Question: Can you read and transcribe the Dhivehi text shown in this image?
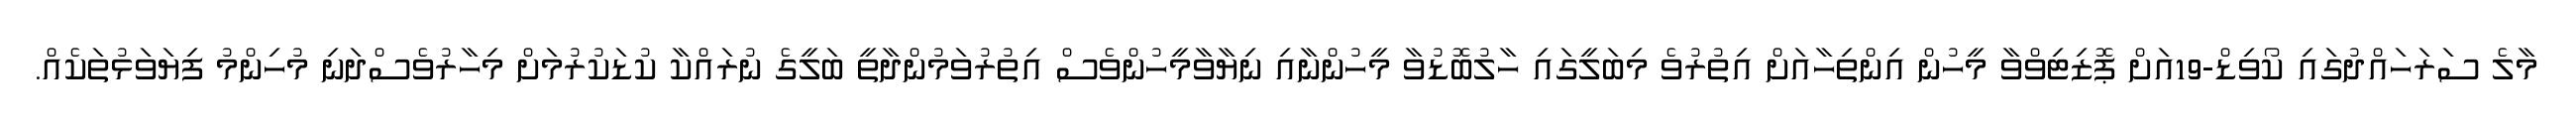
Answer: މާލެ ސަރަހައްދުގައި ކޯވިޑް-19އަށް ޕޮޒިޓިވްވާ މީހުން އިންތިހާއަށް އިތުރުވެ މިބަލީގައި ހާލުބޮޑުވާ މީހުންނާއި ނިޔާވާމީހުންވެސް އިތުރުވަމުންދާތީ ބަލީގެ ނުރައްކާ ކުޑަކުރުމަށް މިހާރުވެސްދަނި މުހިންމު ފިޔަވަޅުތަކެއް.